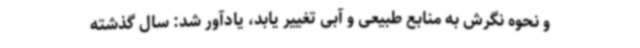
و نحوه نگرش به منابع طبیعی و آبی تغییر یابد، یادآور شد: سال گذشته